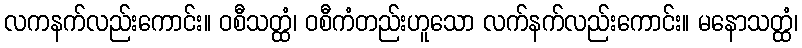
လကနက်လည်းကောင်း။ ဝစီသတ္ထံ၊ ဝစီကံတည်းဟူသော လက်နက်လည်းကောင်း။ မနောသတ္ထံ၊